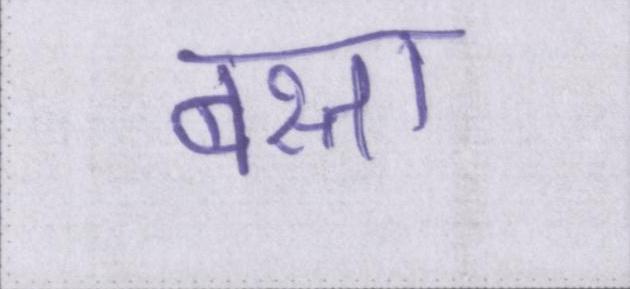
बस्ता